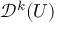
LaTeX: { \mathcal { D } } ^ { k } ( U )